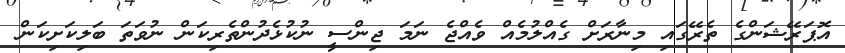
އޮޕަރޭޝަންގެ ތެރޭގައި މިނާރަށް ގެއްލުމެއް ވެއްޖެ ނަމަ ޖިންސީ ނުކުޅެދުންތެރިކަން ނުވަތަ ބަލިކަށިކަން